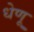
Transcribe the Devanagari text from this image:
धेणू